Vaccination in the Punjab 1897-1904 - 1897-1904
Year: 1897
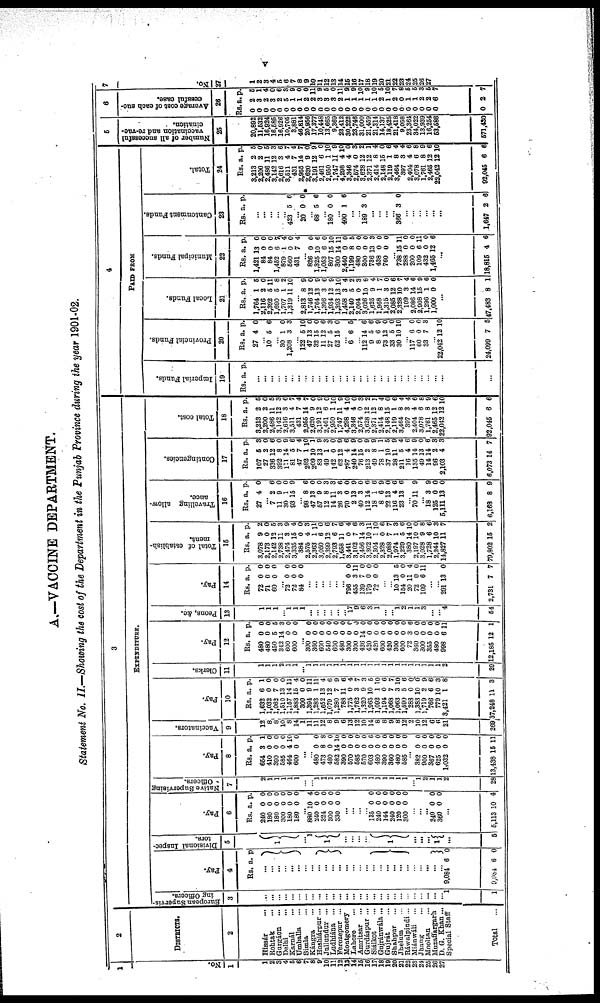
V
A.—VACCINE DEPARTMENT.
Statement No. II.—Showing the cost of the Department in the Punjab Province during the year 1901-02.
1
No.
1
1
2
3 4
5
6
7
8
9
10
11
12
13
14
15
16
17
18
19
20
21
22
23
24
25
26
27
2
DISTRICTS.
2
Hissár ...
Rohtak ...
Gurgáon ...
Delhi ...
Karnál ...
Umballa ...
Simla ...
Kángra ...
Hoshiárpur ...
Jullundur ...
Ludhiána
...
Ferozepur ...
Montgomery
Lahore
...
Amritsar
Gurdáspur ...
Siálkot ...
Gujránwála...
Gujrát ...
Shahpur ...
Jhelum ...
Ráwalpindi...
Miánwáli ...
Jhang ...
Mooltan ...
Muzaffargarh
D. G. Khan...
Special Staff
Total ...
3
EXPENDITURE.
European Supervis-
ing Officers.
3
...
...
...
...
...
...
...
...
...
...
...
...
...
...
...
...
...
...
...
...
...
...
...
...
...
...
...
1
1
Pay.
4
Rs. a. p
...
...
...
...
...
...
...
...
...
...
... ...
...
...
...
...
...
...
...
...
...
...
...
...
...
...
...
9,084
9,084
6
6
0
0
Divisional Inspec-
tors.
5
1
... 1
1
...
...
...
...
1
...
...
...
1
...
5
Pay.
6
Rs.
240
180
180
300
180
180
a.
0
0
0
0
0
0
p.
0
0
0
0
0
0
... 880
240
324
300
330
10
0
0
0
0
4
0
0
0
0
...
...
...
...
135
240
144
240
120
300
0
0
0
0
0
0
0
0
0
0
0
0
...
...
...
240
360
0
0
0
0
...
5,113 10 4
Native Supervising
Officers.
7
2
1
1
1
1
1
...
...
1
1
1
1
1
1
1
1
1
1
1
1
1
1
... 1
2
1
1
2
28
Pay.
8
Rs.
654
410
390
585
464
600
a.
3
0
0
0
4
0
p.
1
0
0
0
10
0
...
...
480
473
480
582
390
570
585
570
603
480
390
360
480
585
0
8
0
14
0
0
0
0
0
0
0
0
0
0
0
8
0
10
0
0
0
0
6
0
0
0
0
0
...
382
900
367
625
1,032
13,438
0
0
0
0
0
15
0
0
0
0
0
11
Vaccinators.
9
12
8
8
10
8
14
1
11
11
12
8
9
6
13
12
10
14
8
8
9
8
12
2
10
12
6
6
21
269
Pay.
10
Rs.
1,632
1,032
1,062
1,510
1,157
1,883
300
1,394
1,283
1,652
1,079
1,280
788
1,775
1,762
1,320
1,965
1,092
1,194
1,068
1,063
1,590
288
1,383
1,719
766
779
3,421
37,248
a.
6
0
7
13
14
15
0
9
1
13
12
7
11
0
3
9
10
1
0
7
3
5
0
10
2
6
10
1
11
p.
1
0
0
0
11
4
0
11
11
4
6
9
6
4
7
3
5
10
6
7
10
6
0
0
9
6
3
8
3
Clerks.
11
1
1
1
2
1
1
...
1
1
1
1
1
1
1
1
1
1
1
1
1
1
1
1
1
1
1
1 2
29
Pay.
12
Rs.
480
480
450
342
600
600
a.
0
0
5
14
0
0
p.
0
0
5
3
0
0
...
300
360
600
540
600
480
300
300
426
420
420
600
420
300
600
72
360
300
355
480
998
12,185
0
0
0
0
0
0
0
0
14
0
0
0
0
0
0
3
0
0
0
0
6
12
0
0
0
0
0
0
0
0
0
0
0
0
0
0
0
6
0
0
0
0
11
1
Peons, &c.
13
1
1
1
... 1
1
1
...
...
...
...
...
...
17
9
6
3
1
...
...
1
2
1
1
3
...
...
4
54
Pay.
14
Rs.
72
71
60
a.
0
0
0
p.
0
0
0
... 72
72
84
0
0
0
0
0
0
...
...
...
...
...
...
796
465
139
179
72
0
3
7
0
0
0
11
0
0
0
...
...
10
154
20
72
109
13
0
11
0
6
5
0
4
0
11
...
...
291
2,731
13
7
0
7
Total of establish-
ment.
15
Rs.
3,078
2,173
2,142
2,738
2,474
3,335
384
2,575
2,363
3,050
2,399
2,793
1,658
3,441
3,102
2,456
3,302
2,304
2,328
2,088
1,974
3,229
380
2,197
3,028
1,728
2,244
14,827
79,802
a.
9
0
12
11 3
15
0
4
1
6
12
6
11
0
7
14
10
1
0
7
1
5
14
10
9
6
10
11
15
p.
2
0
5
3
9
4
0
3
11
0
6
7
6
4
6
3
11
10
6
7
3
6
10
0
8
6
3
7
2
Travelling allow-
ance.
16
Rs.
27
a.
4
p.
0
...
7
11
30
93
2
9
1
15
6
0
0
9
... 98
47
57
12
14
26
70
2
40
112
18
8
22
116
23
8
13
9
8
11
3
0
13
3
14
1
6
13
4
13
6
0
0
3
3
6
0
9
0
6
6
9
0
6
6
...
70 11 9
...
18
125
5,111
6,168
3
0
13
8
9
0
0
9
Contingencies.
17
Rs.
107
27
336
392
111
81
47
282
209
83
49
142
62
787
240
76
213
49
78
37
28
211
16
135
49
14
96
2,103
6,073
a.
5
2
12
8
14
5
7
1
10
13
1
0
12
4
14
15
2
8
1
10
11
5
4
14
13
14
2
4
14
p.
3
0
6 0
9
6
4
10
1
9
3
0
9
6
9
0
9
9
1
5
9
4
6
9
0
6
3
3
7
Total cost.
18
Rs.
3,213
2,200
2,486
3,142
2,616
3,511
431
2,955
2,620
3,191
2,461
2,950
1,747
4,298
3,346
2,574
3,628
2,371
2,414
2,148
2,119
3,464
397
2,404
3,078
1,761
2,465
22,042
92,045
a.
2
2
11
12
3
4
7
14
9
12
6
1
11
4
4
0
12
12
8
15
1
8
3
4
6
8
12
12
6
p.
5
0
5
3
6
7
4
7
0
9
0
10
9
10
0
3
2
1
4
0
6
4
4
6
8
9
6
10
6
4
PAID FROM
Imperial Funds.
19
Rs. a. p.
...
...
...
...
...
...
...
...
...
...
...
...
...
...
...
...
...
...
...
...
...
...
...
...
...
...
...
...
...
Provincial Funds.
20
Rs.
27
a.
4
p.
0
...
10 5 6
... 30
1,208
1
3
0
3
... 122
47
32
11
27
52
5
13
15
12
5
15
10
0
0
6
3
0
...
6 6 5
...
112
9
8
73
33
30
14
2
6
12
5
10
6
6
9
0
0
10
...
117
60
33
6
0
7
0
0 3
...
22,042
24,099
12
7
10
5
Local Funds.
21
Rs.
1,764
2,116
2,392
1,690
1,707
1,319
a.
1
2
5
5
1
11
p.
5
0
11
8
2
10
...
2,813
1,746
1,764
1,396
1,934
1,393
1,458
2,140
2,094
3,026
1,625
1,968
1,315
2,085
2,328
109
2,086
2,908
1,296
1,000
8
12
13
3
12
13
3
5
0
10
9
1
3
12
10
3
14
15
1
0
9
0
9
6
9
10
4
2
3
8
4
7
0
6
7
4
6
9
6
0
...
47,483 8 1
Municipal Funds.
22
Rs.
1,421
84
84
1,452
879
560
431
a.
13
0
0
6
1
0
7
p.
0
0
0
7
4 0
4
...
826
1,325
1,053
807
300
2,440
1,199
480
300
736
438
760
0
10
6
15
14
0
8
0
0
13
0
0
0
6
0
10
11
0
5
0
0
3
0
0
...
738
288
200
109
432
1,465
15
0
0
6
0
12
11
0
0
0
0
6
...
18,816 4 6
Cantonment Funds.
23
Rs. a. p.
...
...
...
...
...
423 5 6
...
20 0 0
...
68 5 6
...
180 0 0
...
400 1 6
...
...
189 3 0
...
...
...
...
366 3 0
...
...
...
...
...
...
1,647 2 6
Total.
24
Rs.
3,213
2,200
2,486
3,142
2,616
3,511
431
2,955
2,620
3,191
2,461
2,950
1,747
4,298
3,346
2,574
3,628
2,371
2,414
2,148
2,119
3,464
397
2,404
3,078
1,761
2,465
22,042
92,045
a.
2
2
11
12
3
4
7
14
9
12
6
1
11
4
4
0
12
12
8
15
1
8
3
4
6
8
12
12
6
p.
5
0
5
3
6
7
4
7
0
9
0
10
9
10
0
3
2
1
4
0
6
4
4
6
8
9
6
10
6
6
Number of all successful
vaccination and re-vac-
cination.
25
20,892
11,532
16,924
16,585
16,926
10,705
3,881
46,814
20,956
17,377
10,448
13,665
9,369
23,412
30,222
23,746
31,000
21,459
21,314
14,137
18,425
21,418
9,058
23,364
34,022
13,939
16,254
53,586
671,430
6
Average cost of each suc-
cessful case.
26
Rs.
0
0
0
0
0
0
0
0
0
0
0
0
0
0
0
0
0
0
0
0
0
0
0
0
0
0
0
0
0
a.
2
3
2
3
2
5
1
1
2
2
3
3
3
2
1
1
1
1
1
2
1
2
0
1
1
2
2
6
2
p.
5
1
4
0
6
3
9
0
0
11
9
5
0
11
9
9
10
9
10
5
10
7
8
5
5
3
5
7
7
7
No.
27
1
2
3
4
5
6
7
8
9
10
11
12
13
14
15
16
17
18
19
20
21
22
23
24
25
26
27